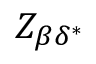
Z _ { \beta \delta ^ { * } }